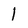
Character: 1